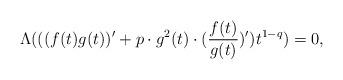
LaTeX: \begin{align*}\Lambda(((f(t)g(t))^{\prime}+p\cdot g^{2}(t)\cdot(\frac{f(t)}{g(t)})^{\prime})t^{1-q})=0,\end{align*}